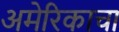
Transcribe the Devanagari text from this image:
अमेरिकाचा